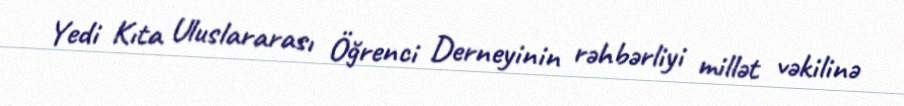
Yedi Kıta Uluslararası Öğrenci Derneyinin rəhbərliyi millət vəkilinə